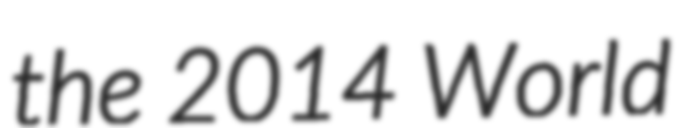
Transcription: the 2014 World